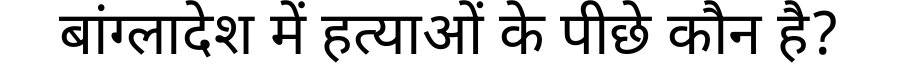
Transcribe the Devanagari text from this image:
बांग्लादेश में हत्याओं के पीछे कौन है?